Insane asylums in Bengal annual reports 1876-1887 - 1876-1887
Year: 1876
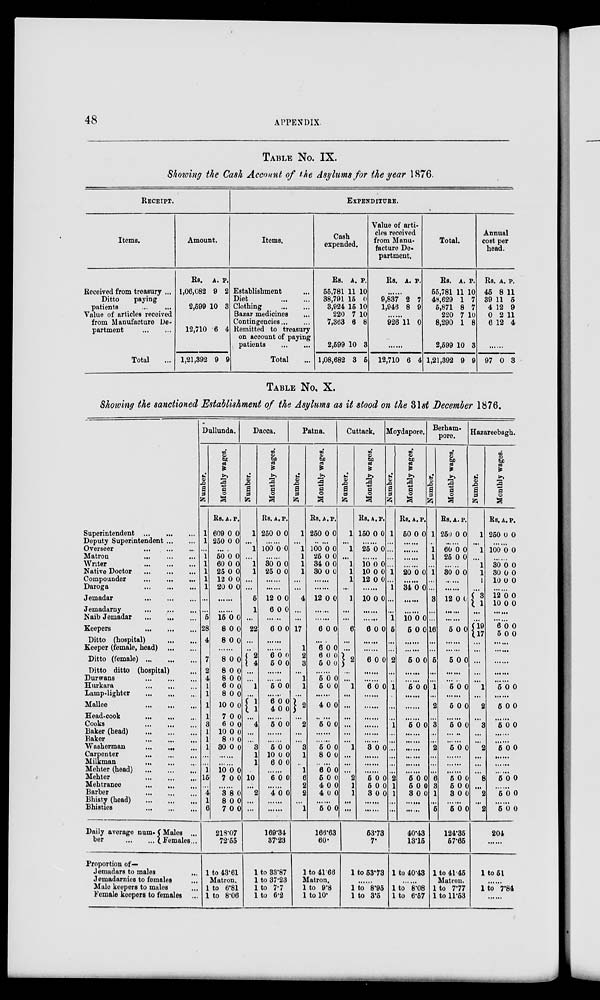
48
APPENDIX.
TABLE No. IX.
Showing the Cash Account of the Asylums for the year 1876.
RECEIPT.
Items.
Received from treasury ...
Ditto
paying
patients ... ...
Value of articles received
from Manufacture De-
partment
...
...
...
Total ...
Amount.
Rs.
1,06,082
2,599
12,710
1,21,392
A.
9
10
6
9
P.
2
3
4
9
EXPENDITURE.
Items.
Establishment ...
Diet
...
...
Clothing
...
...
Bazar medicines ...
Contingencies
...
...
Rem1tted to treasury
on account of paying
patients
...
...
Total ...
Cash
expended.
Rs.
55,781
38,791
3,924
220
7,363
2,599
1,08,682
A.
11
15
15
7
6
10
3
P.
10
0
10
10
8
3
5
Value of art1-
cles rece1ved
from Manu-
facture De-
partment.
Rs. A. P.
......
9,837
1,946
2
8
7
9
.......
926 11 0
......
12,710 6 4
Total.
Rs.
55,781
48,629
5,871
220
8,290
2,599
1,21,392
A.
11
1
8
7
1
10
9
P.
10
7
7
10
8
3
9
Annual
cost per
head.
Rs.
45
39
4
0
6
A.
8
11
12
2
12
P.
11
5
9
11
4
......
97 0 3
TABLE NO. X.
Showing the sanctioned Establishment of the Asylums as it stood on the 31st December 1876.
Superintendent
...
...
...
Deputy Superintenden
...
...
Overseer
...
...
...
Matron
...
...
...
Writer
...
...
...
Native Doctor
...
...
...
Compounder
...
...
...
Daroga
...
...
...
Jemadar
...
...
...
Jemadarny
...
...
...
Naib Jemadar ... ... ...
Keepers
...
...
...
Ditto (hospital)
...
...
Keeper (female, head)
...
...
Ditto (female)
...
...
...
Ditto ditto (hospital) ...
Durwans
...
...
...
Hurkara
...
...
...
Lamp-lighter
...
...
...
Mallee
...
...
...
Head-cook
...
...
...
Cooks
...
...
...
Baker (head)
...
...
...
Baker
...
...
...
Washerman
Carpenter
...
...
...
Milkman
...
...
...
Mehter (head)
...
...
...
Mehter
...
...
...
Mehtranee ... ... ...
Barber
...
...
...
Bhisty (head)
...
...
...
Bhisties
...
...
...
Daily average num-
ber
...
...
Males ...
Females...
Proportion of—
Jemadars to males ...
Jemadarnies to females ...
Male keepers to males ...
Female keepers to females
...
Dullunda.
Number.
1
1
...
1
1
1
1
1
...
...
5
28
4
7
2
4
1
1
1
1
3
1
1
1
...
...
1
15
...
4
1
6
Monthly wages.
Rs.
609
250
A.
0
0
P.
0
0
...
50
60
25
12
20
0
0
0
0
0
0
0
0
0
0
......
15
8
8
0
0
0
0
0
0
......
8
8
8
6
8
10
7
6
10
8
30
0
0
0
0
0
0
0
0
0
0
0
0
0
0
0
0
0
0
0
0
0
0
......
10
7
0
0
0
0
3
8
7
8
0
0
0
0
0
218.07
72.65
1 to 43.61
Matron.
1 to 6.81
1 to 8.06
Dacca.
Number.
1
...
1
...
1
1
...
...
5
1
...
22
...
...
2
4
...
...
1
...
1
1
...
4
...
...
3
1
1
10
...
2
...
...
Monthly wages.
Rs.
250
A.
0
P.
0
......
100 0 0
......
30
25
0
0
0
0
......
......
12
6
0
0
0
0
......
6 0 0
......
......
6
5
0
0
0
0
......
......
5 0 0
......
6
4 0 0 0 0
......
5 0 0
......
......
5
10
6
0
0
0
0
0
0
......
6 0 0
......
4 0 0
......
169.34
37.23
1 to 33.87
1 to 37.23
1 to 7.7
1 to 6.2
Patna.
Number.
1
...
1
1
1
1
...
...
4
...
...
17
1
2
3
...
1
1
...
2
...
2
...
...
3
1
..
1
6
2
2
...
1
Monthly wages.
Rs.
250
A.
0
P.
0
......
100
25
34
30
0
0
0
0
0
0
0
0
......
......
12 0 0
......
......
6 0 0
......
6
6
5
0
0
0
0
0
0
......
5
5
0
0
0
0
......
4 0 0
......
5 0 0
......
......
5
8
0
0
0
0
6
5
4
4
0
0
0
0
0
0
0
0
......
5 0 0
166.63
60.
1 to 41.66
Matron.
1 to 9.8
1 to 10.
Cuttack.
Number.
1
...
1
...
1
1
1
...
1
...
...
6
...
...
2
...
...
1
...
...
...
...
...
...
1
...
...
...
2
1
1
...
...
Monthly wages.
Rs.
150
A.
0
P.
0
......
25 0 0
......
10
10
12
0
0
0
0
0
0
......
10 0 0
......
......
6 0 0
......
......
6 0 0
......
......
6 0 0
......
......
......
......
......
......
3 0 0
......
......
......
5
5
3
0
0
0
0
0
0
......
53.73
7.
1 to 53.73
.........
1 to 8.95
1 to 3.5
Moydapore.
Number.
1
...
...
...
...
1
...
1
...
...
1
5
...
...
2
...
...
1
...
...
...
1
...
...
...
...
...
...
2
1
1
...
...
Monthly wages.
Rs.
50
A.
0
P.
0
......
......
......
......
20 0 0
......
34 0 0
......
......
10
5
0
0
0
0
......
......
5 0 0
......
......
5 0 0
......
......
......
5 0 0
......
......
......
......
......
......
5
5
3
0
0
0
0
0
0
......
......
40.43
13.151
1 to 40.43
.........
1 to 8.08
1 to 6.57
Berham-
pore.
Number.
1
...
1
1
...
1
...
...
3
...
...
16
...
...
5
...
...
1
...
2
...
3
...
...
2
...
...
...
6
3
1
...
5
Monthly wages.
Rs.
250
A.
0
P.
0
60
25
0
0
0
0
......
30 0 0
......
......
12 0 0
......
......
5 0 0
......
......
5 0 0
......
......
5 0 0
5 0 0
......
5 0 0
......
......
5 0 0
......
......
......
5
5
3
0
0
0
0
0
0
......
5 0 0
124.35
57.65
1 to 41.45
Matron.
1 to 7.77
1 to 11.53
Hazareebagh.
Number.
1
...
1
...
1
1
1
...
3
1
...
...
19
17
...
...
...
...
...
1
...
2
...
3
...
...
2
...
...
...
8
...
2
...
2
Monthly wages.
Rs.
250
A.
0
P.
0
......
100 0 0
......
30
30
10
0
0
0
0
0
0
12
10
0
0
0
0
......
......
6
5
0
0
0
0
......
......
......
......
......
5 0 0
......
5 0 0
......
5 0 0
......
......
5 0 0
......
......
......
5 0 0
......
5 0 0
......
5 0 0
204
......
1 to 51
......
1 to 7.84
......